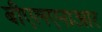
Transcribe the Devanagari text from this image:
बीएलएनाआर